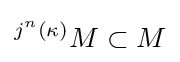
{}^{j^{n}(\kappa )}M\subset M